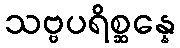
သဗ္ဗပရိစ္ဆန္နေ